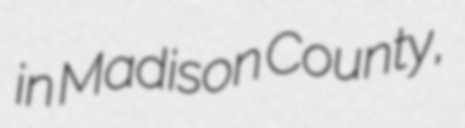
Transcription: in Madison County,